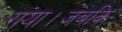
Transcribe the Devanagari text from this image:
गया।जबकि